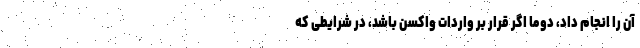
آن را انجام داد، دوما اگر قرار بر واردات واکسن باشد، در شرایطی که